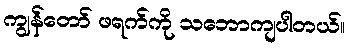
ကျွန်တော် ဖရက်ကို သဘောကျပါတယ်။